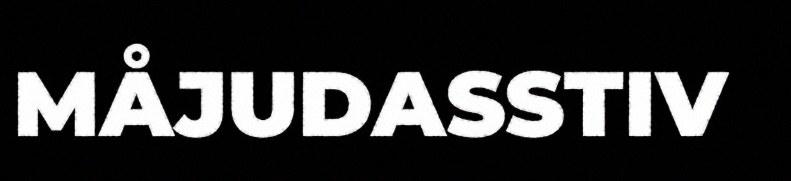
MÅJUDASSTIV